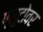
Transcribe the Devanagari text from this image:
प्लूटोवर